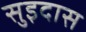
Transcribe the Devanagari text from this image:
सुइदास